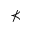
\nprec